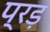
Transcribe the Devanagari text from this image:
प्रड़